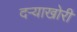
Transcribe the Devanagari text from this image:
दऱ्याखोरी